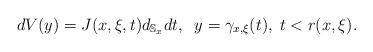
LaTeX: \begin{align*}dV(y)=J(x,\xi ,t)d_{\mathbb{S}_x}dt,\;\; y=\gamma _{x,\xi}(t),\; t<r(x,\xi ).\end{align*}